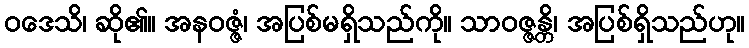
ဝဒေသိ၊ ဆို၏။ အနဝဇ္ဇံ၊ အပြစ်မရှိသည်ကို။ သာဝဇ္ဇန္တိ၊ အပြစ်ရှိသည်ဟု။